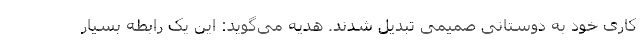
کاری خود به دوستانی صمیمی تبدیل شدند. هدیه می‌گوید: این یک رابطه بسیار